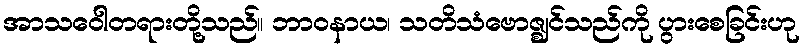
အာသဝေါတရားတို့သည်။ ဘာဝနာယ၊ သတိသံဗောဇ္ဈင်သည်ကို ပွားစေခြင်းဟု